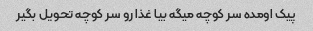
پیک اومده سر کوچه میگه بیا غذا رو سر کوچه تحویل بگیر